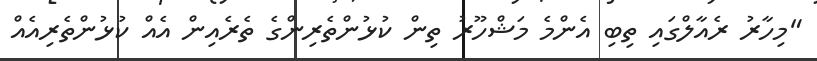
"މިހާރު ރެއާލްގައި ތިބި އެންމެ މަޝްހޫރު ތިން ކުޅުންތެރިންގެ ތެރެއިން އެއް ކުޅުންތެރިއެއް